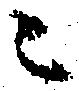
ニ